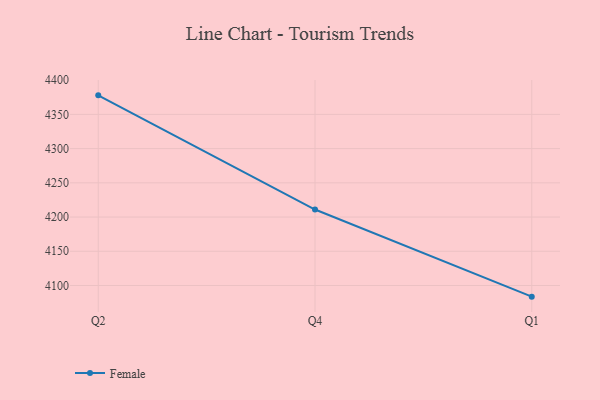
{"axis": {"x": "Quarter", "y": "Shipments"}, "legend": ["Female"], "data": [{"x": "Q2", "y": 4377.8, "type": "Female"}, {"x": "Q4", "y": 4211.0, "type": "Female"}, {"x": "Q1", "y": 4083.7, "type": "Female"}]}